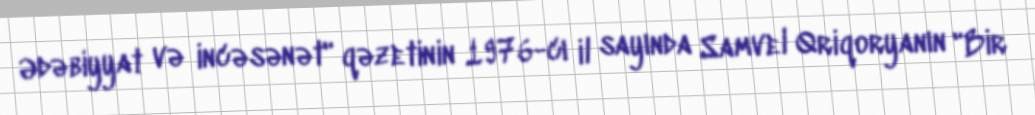
Ədəbiyyat və incəsənət" qəzetinin 1976-cı il sayında Samvel Qriqoryanın "Bir